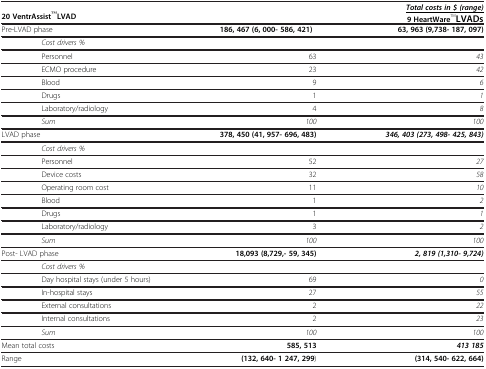
<table><thead><tr><td><b> </b></td><td><b> </b></td><td><b><underline><i>Total costs in $ (range)</i></underline></b></td></tr><tr><td colspan="2"><b>20 VentrAssist TM LVAD</b></td><td><b>9 HeartWareTMLVADs</b></td></tr></thead><tbody><tr><td>Pre-LVAD phase</td><td><b>186, 467 (6, 000- 586, 421)</b></td><td><b>63, 963 (9,738- 187, 097)</b></td></tr><tr><td> <i>Cost drivers %</i></td><td> </td><td> </td></tr><tr><td>Personnel</td><td>63</td><td><i>43</i></td></tr><tr><td>ECMO procedure</td><td>23</td><td><i>42</i></td></tr><tr><td>Blood</td><td>9</td><td><i>6</i></td></tr><tr><td>Drugs</td><td>1</td><td><i>1</i></td></tr><tr><td>Laboratory/radiology</td><td>4</td><td><i>8</i></td></tr><tr><td> <i>Sum</i></td><td><i>100</i></td><td><i>100</i></td></tr><tr><td>LVAD phase</td><td><b>378, 450 (41, 957- 696, 483)</b></td><td><b><i>346, 403 (273, 498- 425, 843)</i></b></td></tr><tr><td> <i>Cost drivers %</i></td><td> </td><td> </td></tr><tr><td>Personnel</td><td>52</td><td><i>27</i></td></tr><tr><td>Device costs</td><td>32</td><td><i>58</i></td></tr><tr><td>Operating room cost</td><td>11</td><td><i>10</i></td></tr><tr><td>Blood</td><td>1</td><td><i>2</i></td></tr><tr><td>Drugs</td><td>1</td><td><i>1</i></td></tr><tr><td>Laboratory/radiology</td><td>3</td><td><i>2</i></td></tr><tr><td> <i>Sum</i></td><td><i>100</i></td><td><i>100</i></td></tr><tr><td>Post- LVAD phase</td><td><b>18,093 (8,729,- 59, 345)</b></td><td><b><i>2, 819 (1,310- 9,724)</i></b></td></tr><tr><td> <i>Cost drivers %</i></td><td> </td><td> </td></tr><tr><td>Day hospital stays (under 5 hours)</td><td>69</td><td><i>0</i></td></tr><tr><td>In-hospital stays</td><td>27</td><td><i>55</i></td></tr><tr><td>External consultations</td><td>2</td><td><i>22</i></td></tr><tr><td>Internal consultations</td><td>2</td><td><i>23</i></td></tr><tr><td> <i>Sum</i></td><td><i>100</i></td><td><i>100</i></td></tr><tr><td>Mean total costs</td><td><b>585, 513</b></td><td><b><i>413 185</i></b></td></tr><tr><td>Range</td><td><b>(132, 640- 1 247, 299</b>)</td><td><b>(314, 540- 622, 664)</b></td></tr></tbody></table>